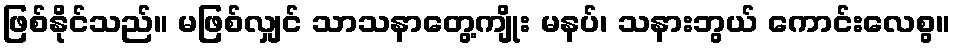
ဖြစ်နိုင်သည်။ မဖြစ်လျှင် သာသနာတွေ့ကျိုး မနပ်၊ သနားဘွယ် ကောင်းလေစွ။